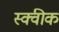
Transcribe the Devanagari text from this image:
स्क्वीक